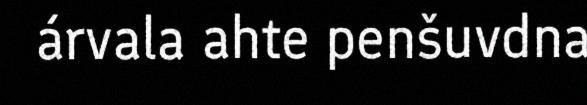
árvala ahte penšuvdna